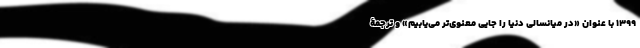
۱۳۹۹ با عنوان «در میانسالی دنیا را جایی معنوی‌تر می‌یابیم» و ترجمۀ